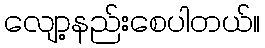
လျော့နည်းစေပါတယ်။